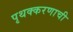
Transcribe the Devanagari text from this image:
पृथक्करणाची